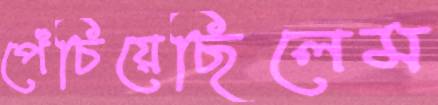
পেঁচিয়েছিলেম